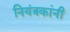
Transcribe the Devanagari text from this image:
नियंत्रकांनी